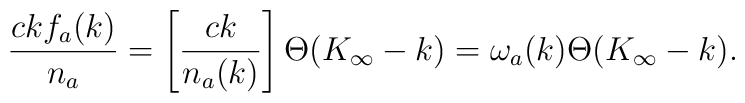
{ c k f_a(k)\over n_a} = \left[{c k\over n_a(k)} \right] \Theta(K_\infty-k) =\omega_a(k) \Theta(K_\infty-k).